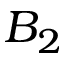
B _ { 2 }